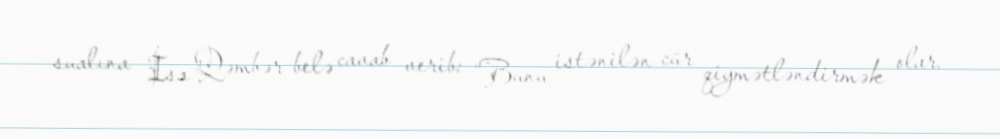
sualına İsa Qəmbər belə cavab verib: “Bunu istənilən cür qiymətləndirmək olar.